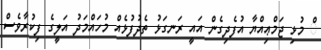
ް މުޅި ޖަމްޢިއްޔާ އުފެދިގެން އައީ ރަނގަޅު ތެދުފުޅެއް މުހައްމަދު އަލީގެ ފިކުރާވެސް